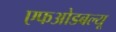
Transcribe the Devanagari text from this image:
एफओडबल्यू